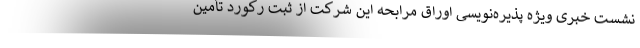
نشست خبری ویژه پذیره‌نویسی اوراق مرابحه این شرکت از ثبت رکورد تأمین